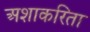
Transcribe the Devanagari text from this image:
अशाकरिता